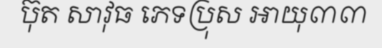
ប៊ុត សាវុធ ភេទប្រុស អាយុ៣៣